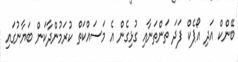
ބޭންކް އަދި އޯޕެކް ފަދަ ތަންތަނާއި ގުޅިގެން އެ މަސައްކަތް ކުރަމުންދާކަން ބަޔާނުގައި